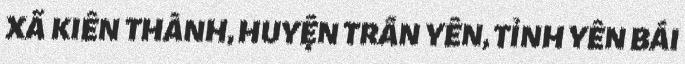
XÃ KIÊN THÀNH, HUYỆN TRẤN YÊN, TỈNH YÊN BÁI